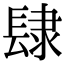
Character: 𨽸